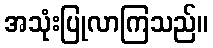
အသုံးပြုလာကြသည်။